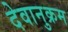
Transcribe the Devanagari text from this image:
देवानुक्रम